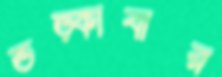
ভড়্‌কাবার